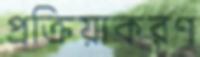
প্রক্রিয়াকরণ